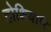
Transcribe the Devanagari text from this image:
होशियारि